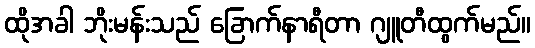
ထိုအခါ ဘိုးမန်းသည် ခြောက်နာရီတာ ဂျူတီထွက်မည်။